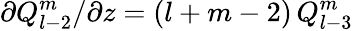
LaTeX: \partial Q_{l-2}^{m}/\partial z=(l+m-2)\, Q_{l-3}^{m}